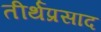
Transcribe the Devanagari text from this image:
तीर्थप्रसाद